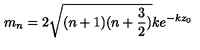
m _ { n } = 2 \sqrt { ( n + 1 ) ( n + \frac { 3 } { 2 } ) } k e ^ { - k z _ { 0 } }